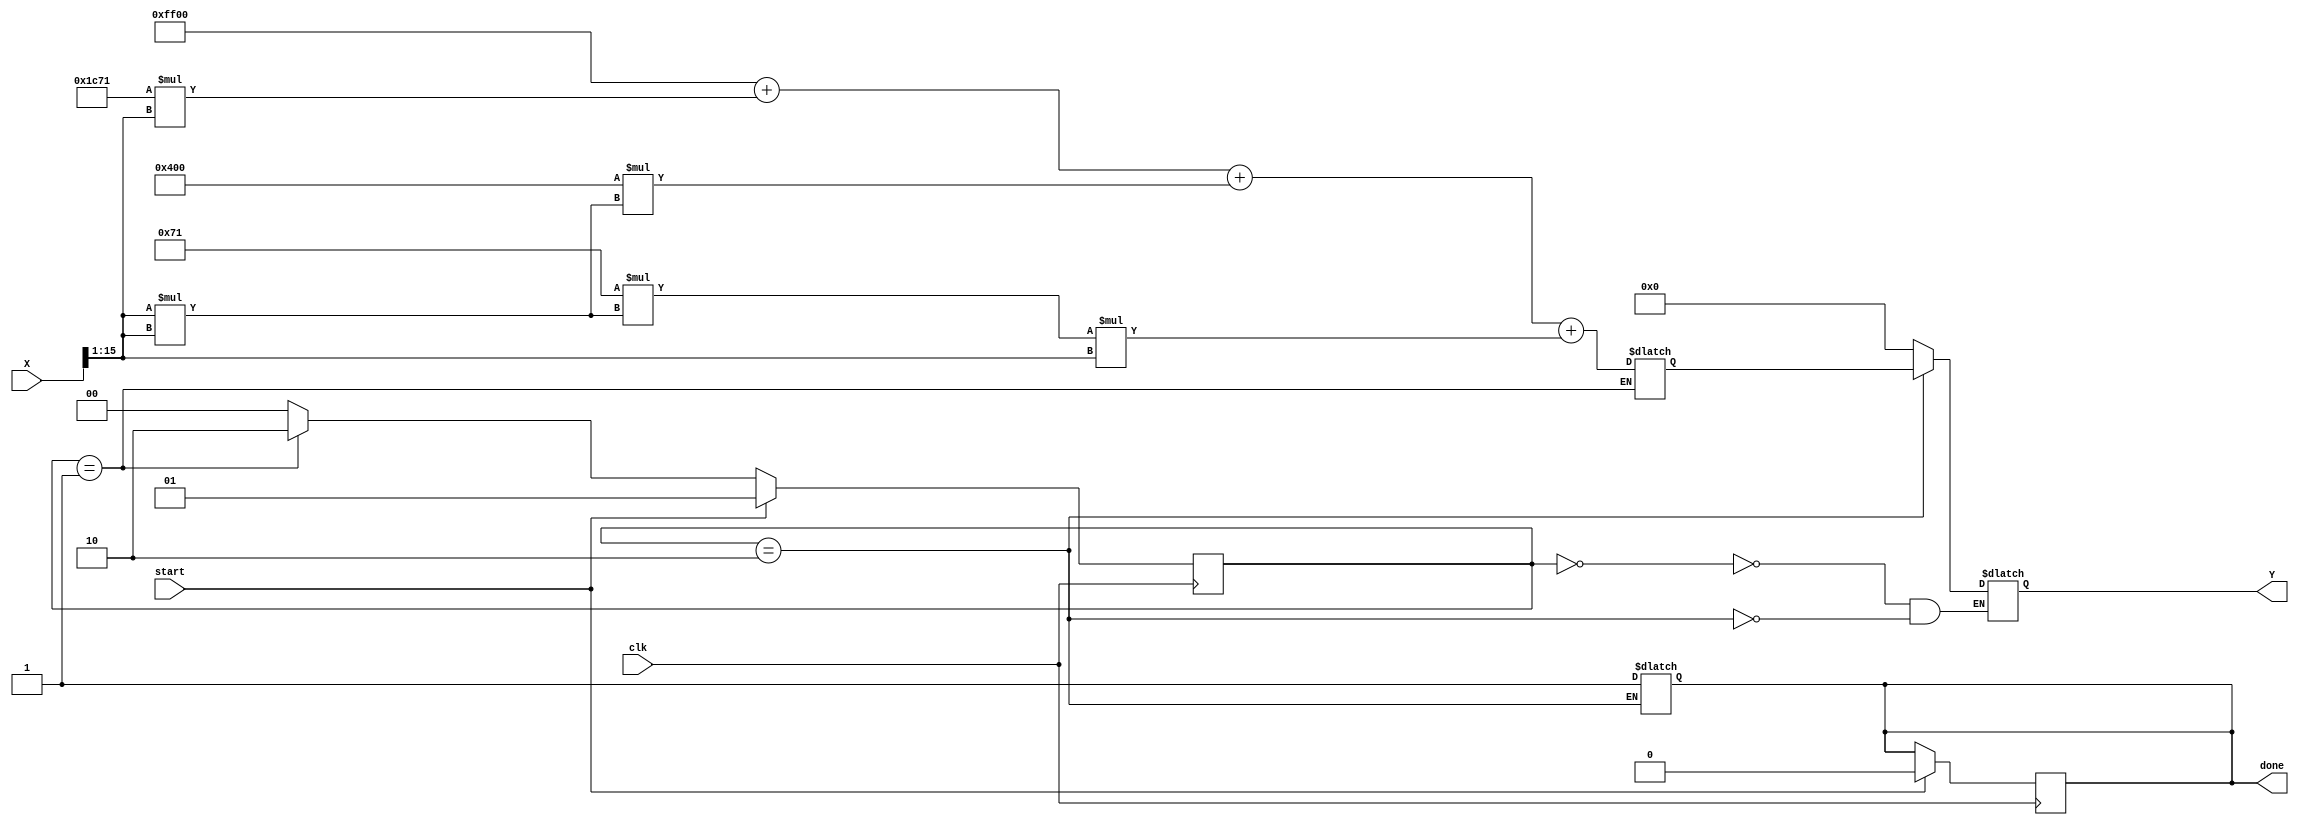
module poly_approx_reciprocal (
    input wire [15:0] X,       // 16-bit fixed-point input
    output reg [15:0] Y,       // 16-bit fixed-point output for reciprocal
    input wire clk,            // Clock signal
    input wire start,          // Start signal to initiate calculation
    output reg done            // Done signal to indicate completion
);

    // Normalize the input range (0.5 to 1) to [1, 2)
    reg [15:0] normalized_X;
    reg [15:0] approx_result;
    
    // Polynomial coefficients (example coefficients for -1/(1-X))
    parameter [15:0] a0 = 16'hFF00;  // -1.0
    parameter [15:0] a1 = 16'h1C71;  // 3.0
    parameter [15:0] a2 = 16'h0400;  // -3.0
    parameter [15:0] a3 = 16'h0071;  // 1.0 (can be adjusted)

    // Polynomial approximation function
    function [15:0] approx_reciprocal;
        input [15:0] X;
        reg [31:0] x_squared;
        begin
            x_squared = X * X; // Compute X^2
            approx_reciprocal = a0 + (a1 * X) + (a2 * x_squared) + (a3 * x_squared * X);
        end
    endfunction

    // State Machine states
    reg [1:0] state, next_state;
    parameter IDLE = 2'b00, CALCULATE = 2'b01, OUTPUT = 2'b10;

    // Sequential logic to handle states
    always @(posedge clk) begin
        if (start) begin
            state <= CALCULATE;
            done <= 0;
        end else begin
            state <= next_state;
        end
    end

    // Combinatorial state logic
    always @(*) begin
        case (state)
            IDLE: begin
                next_state = start ? CALCULATE : IDLE;
                Y = 0;
            end
            
            CALCULATE: begin
                // Normalize input (example: shift right to bring within [1, 2))
                normalized_X = X >> 1; // Shifting X, assuming it is in [0.5, 1] range.
                approx_result = approx_reciprocal(normalized_X);
                next_state = OUTPUT;
            end
            
            OUTPUT: begin
                Y = approx_result;
                done = 1;
                next_state = IDLE;
            end
            
            default: begin
                next_state = IDLE;
            end
        endcase
    end
endmodule